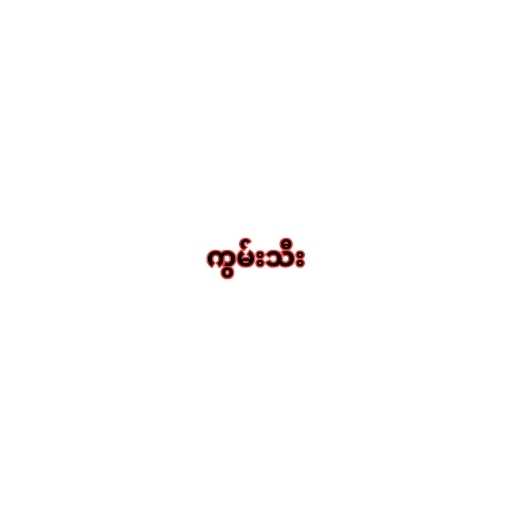
ကွမ်းသီး